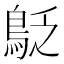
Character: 𪀐